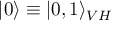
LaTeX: | 0 \rangle \equiv | 0 , 1 \rangle _ { V H }